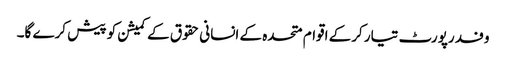
وفد رپورٹ تیار کرکے اقوام متحدہ کے انسانی حقوق کے کمیشن کو پیش کرے گا۔